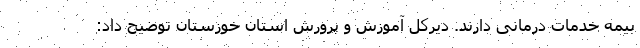
بیمه خدمات درمانی دارند. دیرکل آموزش و پرورش استان خوزستان توضیح داد: